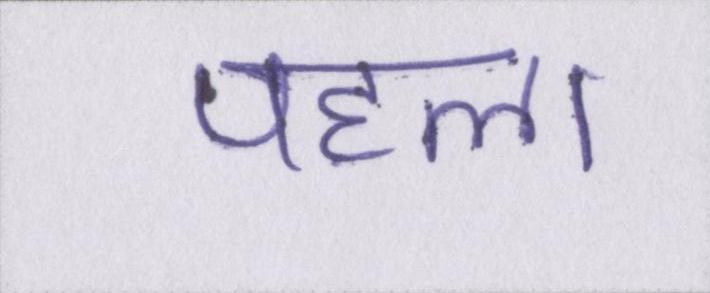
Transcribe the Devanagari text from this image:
पहल।